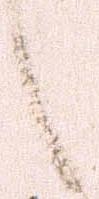
候